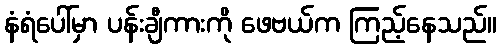
နံရံပေါ်မှာ ပန်းချီကားကို ဖေဗယ်က ကြည့်နေသည်။